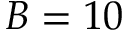
B = 1 0